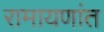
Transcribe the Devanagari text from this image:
रामायणांत